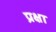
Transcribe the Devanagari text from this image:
प्रक्षा